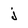
Character: j